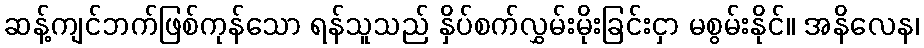
ဆန့်ကျင်ဘက်ဖြစ်ကုန်သော ရန်သူသည် နှိပ်စက်လွှမ်းမိုးခြင်းငှာ မစွမ်းနိုင်။ အနိလေန၊